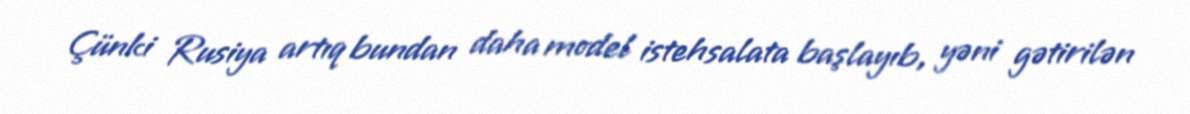
Çünki Rusiya artıq bundan daha model istehsalata başlayıb, yəni gətirilən